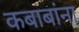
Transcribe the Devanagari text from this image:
कबाबांना